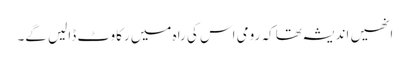
انھیں اندیشہ تھا کہ رومی اس کی راہ میں رکاوٹ ڈالیں گے۔